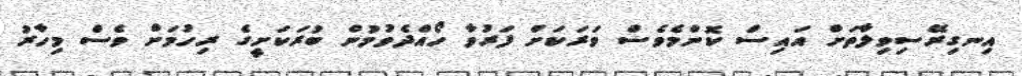
އިނގިރޭސިވިލާތަށް އައިސް ކޮންމެވެސް ވަރަކަށް ފަރުވާ ހޯއްދެވުމުން ބުރަކަށީގެ ރިހުމަށް ވެސް މިހާރު